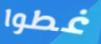
غطوا